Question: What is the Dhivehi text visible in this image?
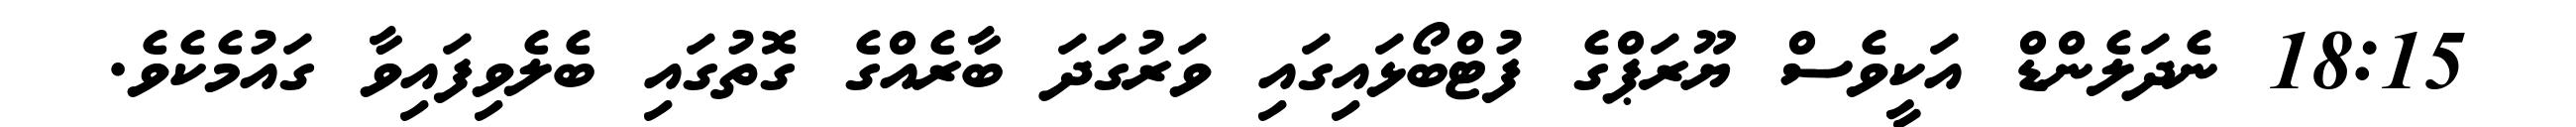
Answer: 18:15 ނެދަލެންޑް އަކީވެސް ޔޫރަޕްގެ ފުޓްބޯޅައިގައި ވަރުގަދަ ބާރެއްގެ ގޮތުގައި ބެލެވިފައިވާ ގައުމެކެވެ.